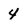
Character: 4